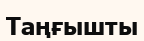
Таңғышты